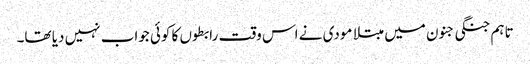
تاہم جنگی جنون میں مبتلا مودی نے اس وقت رابطوں کا کوئی جواب نہیں دیا تھا۔